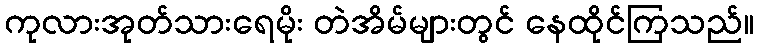
ကုလားအုတ်သားရေမိုး တဲအိမ်များတွင် နေထိုင်ကြသည်။